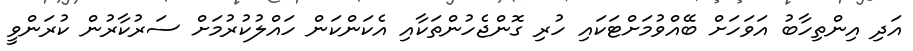
އަދި އިންތިހާބު އަވަހަށް ބޭއްވުމަށްޓަކައި ހުރި ގޮންޖެހުންތަކާއި އެކަންކަން ހައްލުކުރުމަށް ސަރުކާރުން ކުރަންވީ